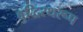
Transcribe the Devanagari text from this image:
बुद्धिस्थरूप